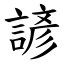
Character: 諺